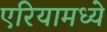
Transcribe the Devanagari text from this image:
एरियामध्ये